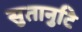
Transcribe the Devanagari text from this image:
सुतानुटि